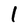
Character: 1